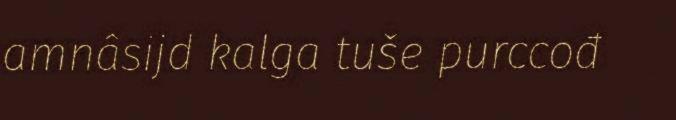
amnâsijd kalga tuše purccođ